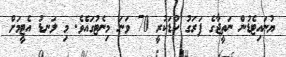
ޔުނައިޓެޑުން ނަތީޖާގެ ފަރަގު ކުޑަކުރީ 70 ވަނަ މިނެޓުގައެވެ. މި ލަނޑު އެޓީމަށް